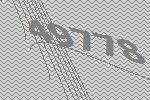
49778